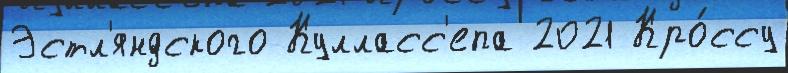
Эстл'яндского Кулласс'епа 2021 Кро́ссу